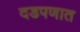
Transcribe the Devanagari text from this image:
दडपणात